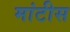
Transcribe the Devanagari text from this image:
मांटीस